Vaccination in Bombay 1856-1862 - 1856-1862
Year: 1856
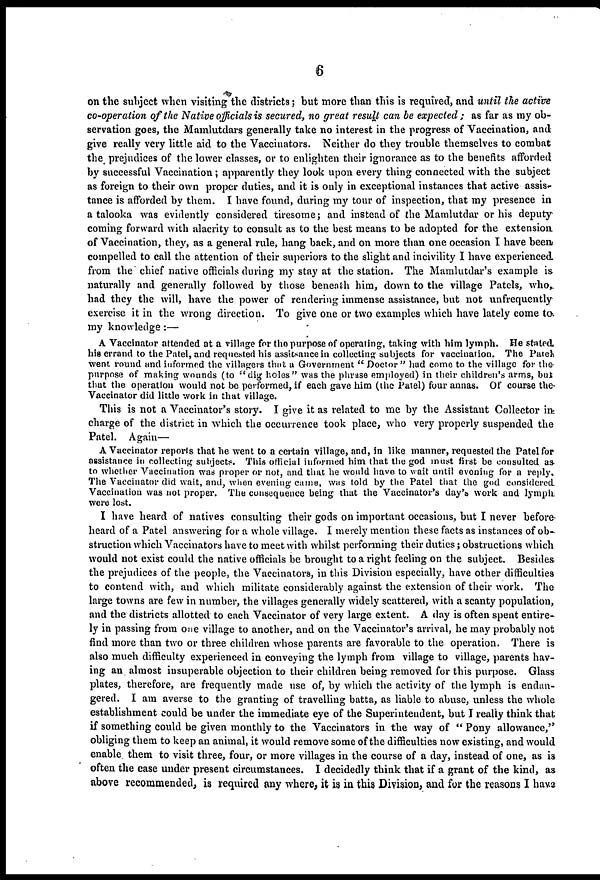
6
on the subject when visiting the districts; but more than this is required, and until the active
co-operation of the Native officials is secured, no great result can be expected; as far as my ob-
servation goes, the Mamlutdars generally take no interest in the progress of Vaccination, and
give really very little aid to the Vaccinators. Neither do they trouble themselves to combat
the prejudices of the lower classes, or to enlighten their ignorance as to the benefits afforded
by successful Vaccination; apparently they look upon every thing connected with the subject
as foreign to their own proper duties, and it is only in exceptional instances that active assis-
tance is afforded by them. I have found, during my tour of inspection, that my presence in
a talooka was evidently considered tiresome ; and instead of the Mamlutdar or his deputy
coming forward with alacrity to consult as to the best means to be adopted for the extension
of Vaccination, they, as a general rule, hang back, and on more than one occasion I have been
compelled to call the attention of their superiors to the slight and incivility I have experienced
from the chief native officials during my stay at the station. The Mamlutdar's example is
naturally and generally followed by those beneath him, down to the village Patels, who,
had they the will, have the power of rendering immense assistance, but not unfrequently
exercise it in the wrong direction. To give one or two examples which have lately come to.
my knowledge :—
A Vaccinator attended at a village for the purpose of operating, taking with him lymph. He stated
his errand to the Patel, and requested his assitsance in collecting subjects for vaccination. The Pateh
went round and informed the villagers that a Government " Doctor" had come to the village for the
purpose of making wounds (to "dig holes" was the phrase employed) in their children's arms, but
that the operation would not be performed, if each gave him (the Patel) four annas. Of course the
Vaccinator did little work in that village.
This is not a Vaccinator's story. I give it as related to me by the Assistant Collector in
charge of the district in which the occurrence took place, who very properly suspended the
Patel. Again—
A Vaccinator reports that he went to a certain village, and, in like manner, requested the Patel for
assistance in collecting subjects. This official informed him that the god must first be consulted as
to whether Vaccination was proper or not, and that he would have to wait until evening for a reply.
The Vaccinator did wait, and, when evening came, was told by the Patel that the god considered
Vaccination was not proper. The consequence being that the Vaccinator's day's work and lymph
were lost.
I have heard of natives consulting their gods on important occasions, but I never before-
heard of a Patel answering for a whole village. I merely mention these facts as instances of ob-
struction which Vaccinators have to meet with whilst performing their duties; obstructions which
would not exist could the native officials be brought to a right feeling on the subject. Besides
the prejudices of the people, the Vaccinators, in this Division especially, have other difficulties
to contend with, and which militate considerably against the extension of their work. The
large towns are few in number, the villages generally widely scattered, with a scanty population,
and the districts allotted to each Vaccinator of very large extent. A day is often spent entire-
ly in passing from one village to another, and on the Vaccinator's arrival, he may probably not
find more than two or three children whose parents are favorable to the operation. There is
also much difficulty experienced in conveying the lymph from village to village, parents hav-
ing an almost insuperable objection to their children being removed for this purpose. Glass
plates, therefore, are frequently made use of, by which the activity of the lymph is endan-
gered. I am averse to the granting of travelling batta, as liable to abuse, unless the whole
establishment could be under the immediate eye of the Superintendent, but I really think that
if something could be given monthly to the Vaccinators in the way of " Pony allowance,"
obliging them to keep an animal, it would remove some of the difficulties now existing, and would
enable them to visit three, four, or more villages in the course of a day, instead of one, as is
often the case under present circumstances. I decidedly think that if a grant of the kind, as
above recommended, is required any where, it is in this Division, and for the reasons I have